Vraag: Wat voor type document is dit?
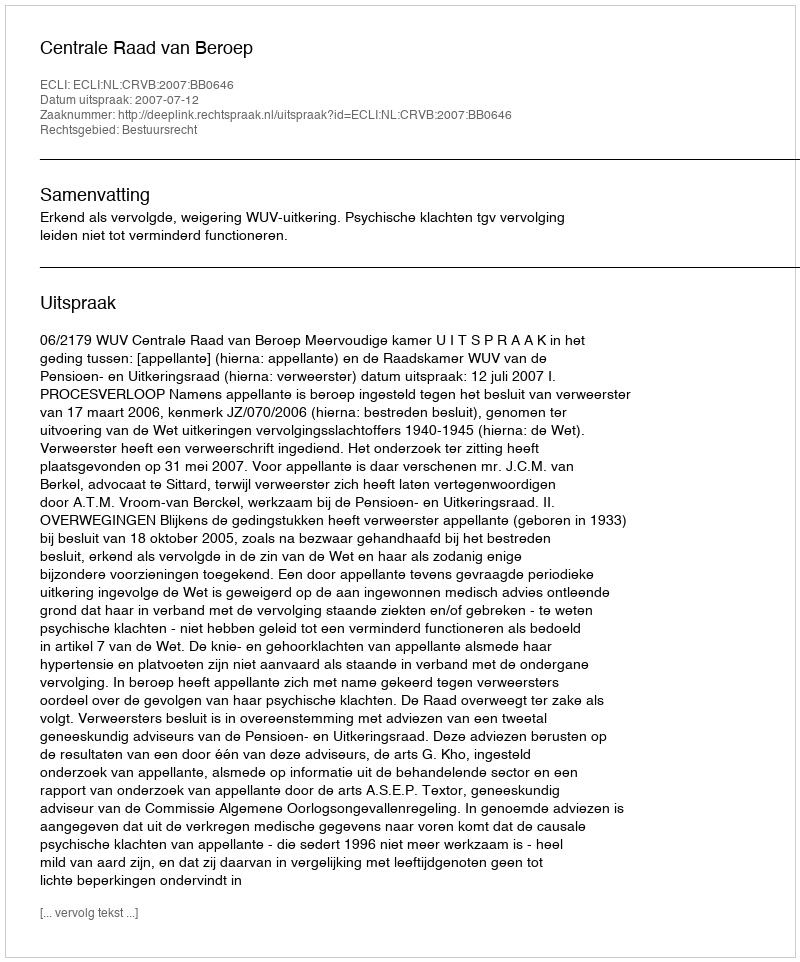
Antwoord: Uitspraak